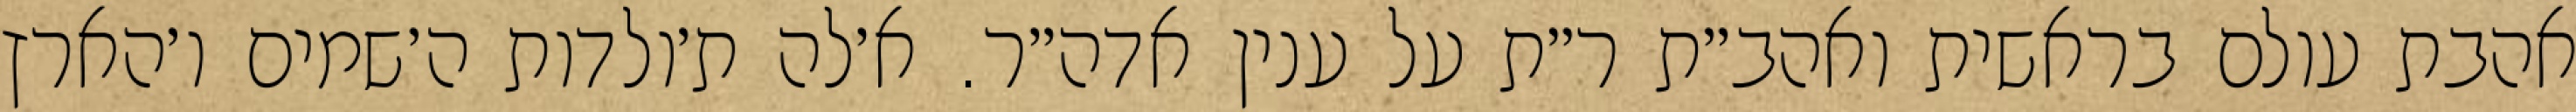
אהבת עולם בראשית ואהב״ת ר״ת על ענין אדה״ר. א׳לה ת׳ולדות ה׳שמים ו׳הארץ